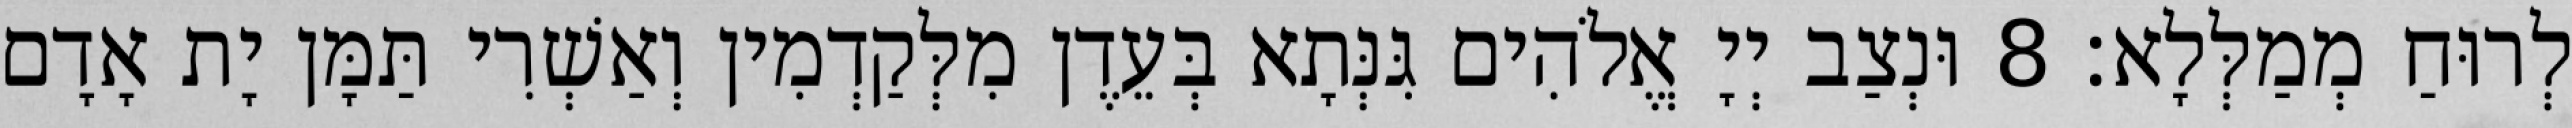
לְרוּחַ מְמַלְּלָא׃ 8 וּנְצַב יְיָ אֱלֹהִים גִּנְּתָא בְּעֵדֶן מִלְּקַדְמִין וְאַשְׁרִי תַּמָּן יָת אָדָם